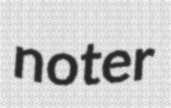
noter